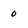
Character: 0